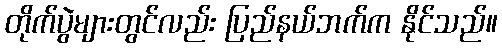
တိုက်ပွဲများတွင်လည်း ပြည်နယ်ဘက်က နိုင်သည်။